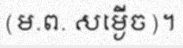
(ម.ព. សម្ងើច)។